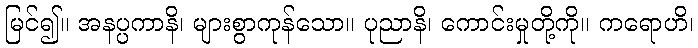
မြင်၍။ အနပ္ပကာနိ၊ များစွာကုန်သော။ ပုညာနိ၊ ကောင်းမှုတို့ကို။ ကရောဟိ၊